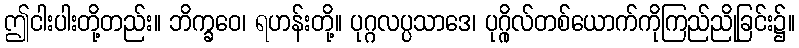
ဤငါးပါးတို့တည်း။ ဘိက္ခဝေ၊ ရဟန်းတို့။ ပုဂ္ဂလပ္ပသာဒေ၊ ပုဂ္ဂိုလ်တစ်ယောက်ကိုကြည်ညိုခြင်း၌။